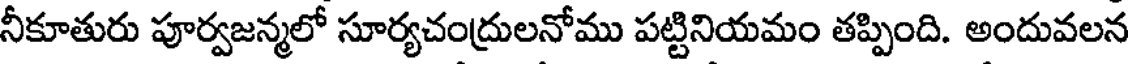
నీకూతురు పూర్వజన్మలో సూర్యచంద్రులనోము పట్టినియమం తప్పింది. అందువలన